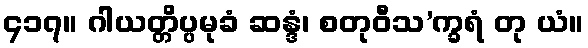
၄၁၇။ ဂါယတ္တိပ္ပမုခံ ဆန္ဒံ၊ စတုဝီသ’က္ခရံ တု ယံ။